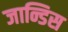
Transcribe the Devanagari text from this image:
जान्डिस